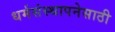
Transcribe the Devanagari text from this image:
धर्मसंस्थापनेसाठी